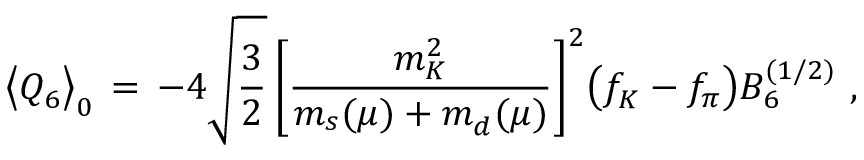
\bigl \langle Q _ { 6 } ^ { } \bigr \rangle _ { 0 } ^ { } \, = \, - 4 \sqrt { \frac { 3 } { 2 } } \, \biggl [ \frac { m _ { K } ^ { 2 } } { m _ { s } ^ { } ( \mu ) + m _ { d } ^ { } ( \mu ) } \biggr ] ^ { 2 } \bigl ( f _ { K } ^ { } - f _ { \pi } ^ { } \bigr ) B _ { 6 } ^ { ( 1 / 2 ) } \, \, ,